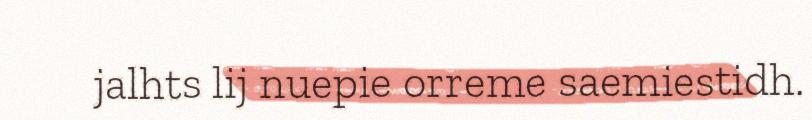
jalhts lij nuepie orreme saemiestidh.